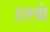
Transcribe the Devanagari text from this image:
टरबो